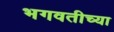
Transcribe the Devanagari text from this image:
भगवतीच्या